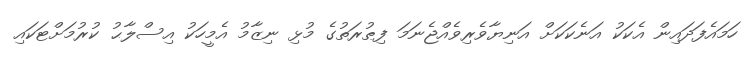
ހަމައެފަދައިން އެކަކު އަނެކަކަށް އަނިޔާވެރިވެއްޖެނަމަ ފިޠުރަތުގެ މުޅި ނިޒާމު އެމީހަކު އިސްލާޙު ކުރުމަށްޓަކައި